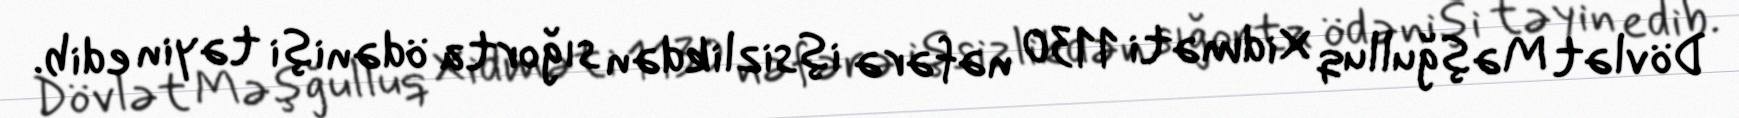
Dövlət Məşğulluq Xidməti 1130 nəfərə işsizlikdən sığorta ödənişi təyin edib.